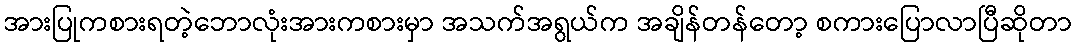
အားပြုကစားရတဲ့ဘောလုံးအားကစားမှာ အသက်အရွယ်က အချိန်တန်တော့ စကားပြောလာပြီဆိုတာ